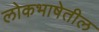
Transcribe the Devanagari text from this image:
लोकभाषेतील